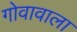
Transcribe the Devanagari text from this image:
गोवावाला